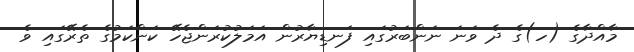
މާއްދާގެ (ހ)ގެ ދެ ވަނަ ނަންބަރުގައި ފަނޑިޔާރުން އަމަލުކުރަންޖެހޭ ކަންކަމުގެ ތެރޭގައި ވެ